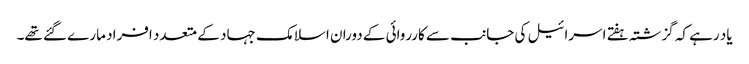
یاد رہے کہ گزشتہ ہفتے اسرائیل کی جانب سے کارروائی کے دوران اسلامک جہاد کے متعدد افراد مارے گئے تھے۔